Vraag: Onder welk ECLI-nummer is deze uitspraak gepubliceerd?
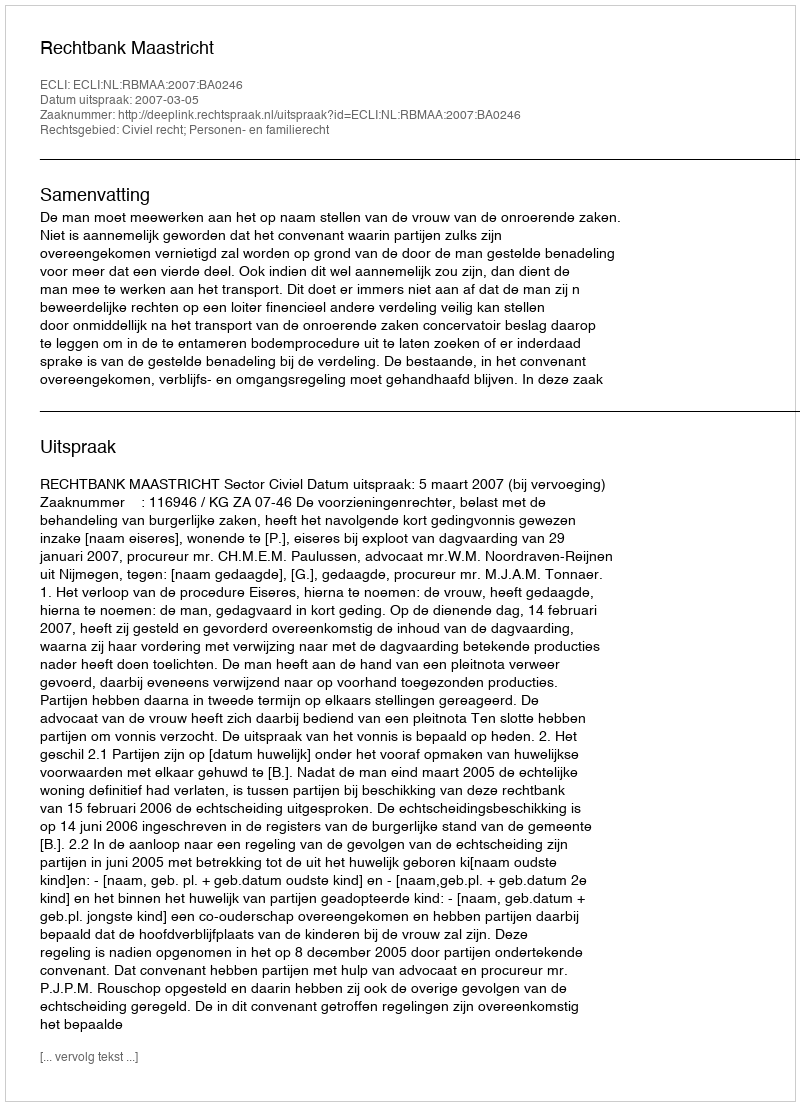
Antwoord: ECLI:NL:RBMAA:2007:BA0246